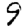
Digit: 9